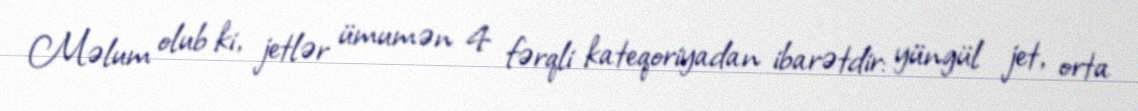
Məlum olub ki, jetlər ümumən 4 fərqli kateqoriyadan ibarətdir: yüngül jet, orta